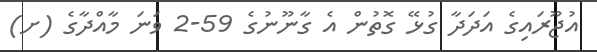
އުޖޫރައިގެ އަދަދާ ގުޅޭ ގޮތުން އެ ގާނޫނުގެ 59-2 ވަނަ މާއްދާގެ (ށ)